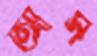
আর্ম